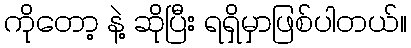
ကိုတော့ နဲ့ ဆိုပြီး ရရှိမှာဖြစ်ပါတယ်။